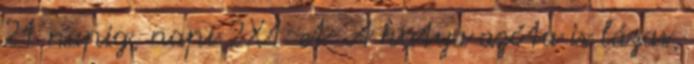
21 napig, napi 2X1-et. A kutya azóta is lázas,